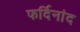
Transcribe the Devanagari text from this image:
फर्दिनांद